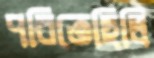
পরিতেছিলি